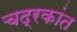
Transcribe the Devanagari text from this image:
चद्रकांत